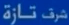
مرت نازة